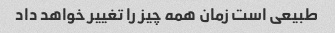
طبیعی است زمان همه چیز را تغییر خواهد داد